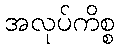
အလုပ်ကိစ္စ